Annual report on the working of the lock hospitals in the Central Provinces
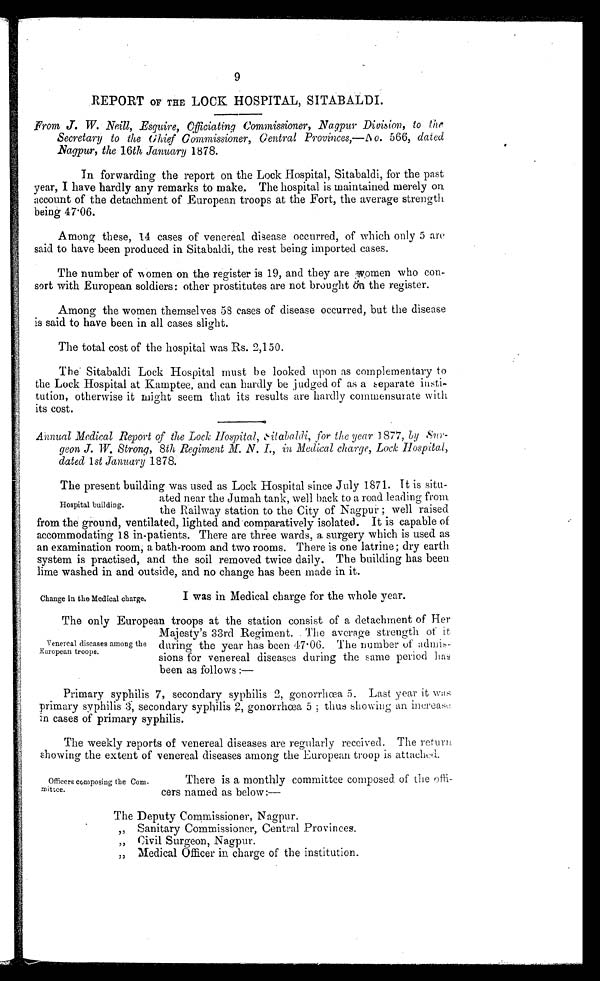
9
REPORT OF THE LOCK HOSPITAL, SITABALDI.
From J. W. Neill, Esquire, Officiating Commissioner, Nagpur Division, to the
Secretary to the Chief Commissioner, Gentral Provinces,—No. 566, dated
Nagpur, the 16th January 1878.
In forwarding the report on the Lock Hospital, Sitabaldi, for the past
year, I have hardly any remarks to make. The hospital is maintained merely on
account of the detachment of European troops at the Fort, the average strength
being 47.06.
Among these, 14 cases of venereal disease occurred, of which only 5 are
said to have been produced in Sitabaldi, the rest being imported cases.
The number of women on the register is 19, and they are women who con-
sort with European soldiers: other prostitutes are not brought on the register.
Among the women themselves 58 cases of disease occurred, but the disease
is said to have been in all cases slight.
The total cost of the hospital was Rs. 2,150.
The Sitabaldi Lock Hospital must be looked upon as complementary to
the Lock Hospital at Kamptee, and can hardly be judged of as a separate insti
tution, otherwise it might seem that its results are hardly commensurate with
its cost.
Annual Medical Report of the Lock Hospital, Sitabaldi, for the year 1877 , by
S u r
geon J. W. Strong, 8th Regiment M. N. I., in Medical charge, Lock Hospital,
dated 1 st January 1878.
The present building was used as Lock Hospital since July 1871. It is situ-
ated near the Jumah tank, well hack to a road leading from
the Railway station to the City of Nagpur ; well raised
from the ground, ventilated, lighted and comparatively isolated. It is capable of
accommodating 18 in-patients. There are three wards, a surgery which is used as
an examination room, a bath-room and two rooms. There is one latrine; dry earth
system is practised, and the soil removed twice daily. The building has been
lime washed in and outside, and no change has been made in it.
Hospital building.
Change in the Medical charge.
I was in Medical charge for the whole year.
The only European troops at the station consist of a detachment of Her
Majesty's 33rd Regiment. The average strength of it
during the year has been 47 . 06. The number of
admis
sions for venereal diseases during the same period
has
been as follows :—
Venereal diseases among the
European troops.
Primary syphilis 7, secondary syphilis 2, gonorrhœa 5. Last year it was
primary syphilis 3, secondary syphilis 2, gonorrhœa 5 thus showing an increase
in cases of primary syphilis.
The weekly reports of venereal diseases are regularly received. The return.
showing the extent of venereal diseases among the European troop is attached.
Officers composing the Com-
mittee.
There is a monthly committee composed. of the offi-
cers named as below:—
The Deputy Commissioner, Nagpur.
„ Sanitary Commissioner, Central Provinces.
„ Civil Surgeon, Nagpur.
„ Medical Officer in. charge of the institution.